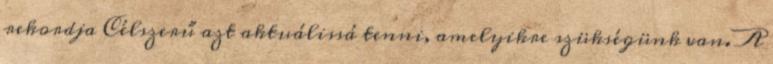
rekordja Célszerű azt aktuálissá tenni, amelyikre szükségünk van. A